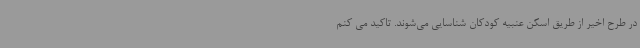
در طرح اخیر از طریق اسکن عنبیه کودکان شناسایی می‌شوند. تاکید می کنم